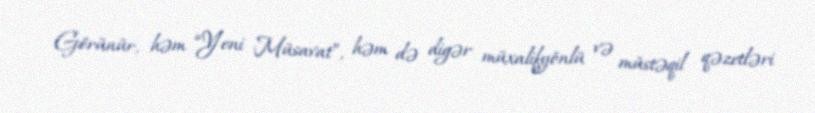
Görünür, həm “Yeni Müsavat”, həm də digər müxalifyönlü və müstəqil qəzetləri